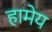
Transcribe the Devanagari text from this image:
हामेय